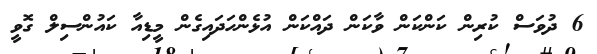
6 ދުވަަސް ކުރިން ކަންކަން ވާކަން ދައްކަން އުޅެންހަދައިގެން މީޑިއާ ކައުންސިލް ގޮވީ